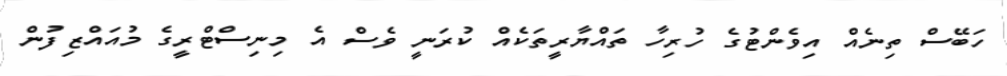
ހަބޭސް ތިނެއް އިވެންޓުގެ ހުރިހާ ތައްޔާރީތަކެއް ކުރަނީ ވެސް އެ މިިނިސްޓްރީގެ މުއައްޒިފުން